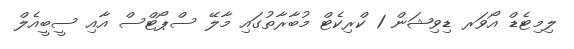
ލިމިޓެޑް އޯވަރ ޑިވިޝަން 1 ކްރިކެޓް މުބާރާތުގައި މާލޭ ސްޕޯޓްސް އާއި ސީބީއެލް